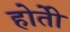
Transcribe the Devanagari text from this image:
होतेी